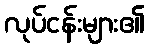
လုပ်ငန်းများ၏